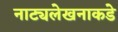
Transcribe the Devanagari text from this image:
नाट्यलेखनाकडे